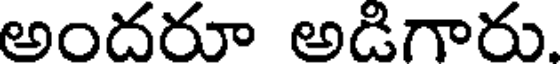
అందదూ అడిగారు.